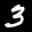
Label: 3